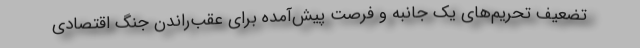
تضعیف تحریم‌های یک جانبه و فرصت پیش‌آمده برای عقب‌راندن جنگ اقتصادی